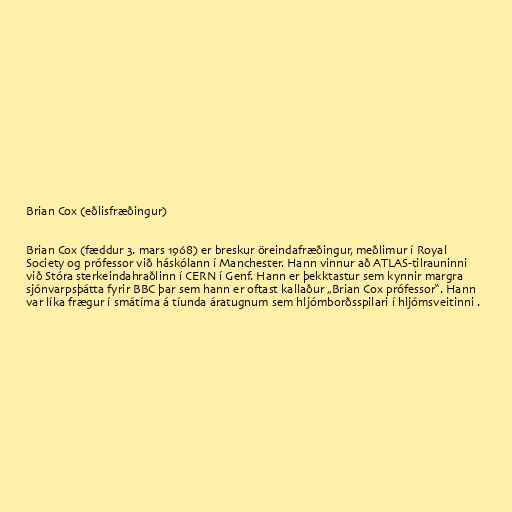
Brian Cox (eðlisfræðingur)

Brian Cox (fæddur 3. mars 1968) er breskur öreindafræðingur, meðlimur í Royal
Society og prófessor við háskólann í Manchester. Hann vinnur að ATLAS-tilrauninni
við Stóra sterkeindahraðlinn í CERN í Genf. Hann er þekktastur sem kynnir margra
sjónvarpsþátta fyrir BBC þar sem hann er oftast kallaður „Brian Cox prófessor“. Hann
var líka frægur í smátíma á tíunda áratugnum sem hljómborðsspilari í hljómsveitinni .